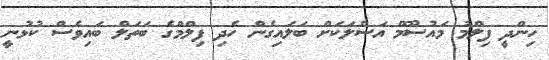
ހިންދީ ފިލްމު މައުސޫމް އަސްލަކަށް ބަލައިގެން ހެދި ފިލްމްގެ ބަތަލް ބައިވެސް ކުޅުނީ